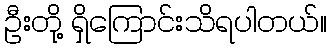
ဦးတို့ ရှိကြောင်းသိရပါတယ်။